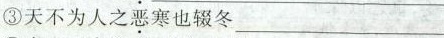
③天不为人之\underset{·}{恶}寒也辍冬___